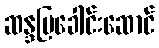
ဆန္ဒပြခေါင်းဆောင်